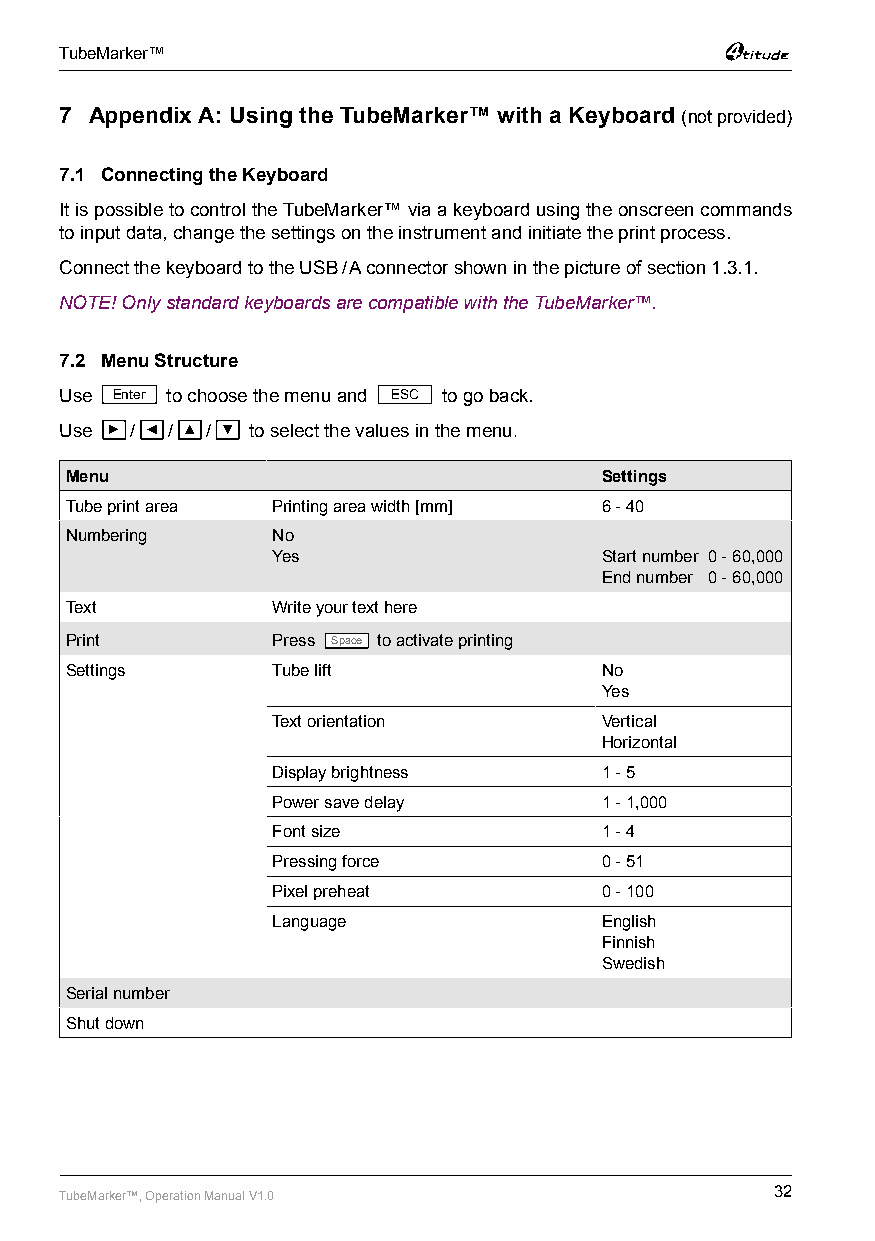
TubeMarker™
 7 Appendix A: Using the TubeMarker™ with a Keyboard (not provided)
 7.1 Connecting the Keyboard
 It is possible to control the TubeMarker™ via a keyboard using the onscreen commands
 to input data, change the settings on the instrument and initiate the print process.
 Connect the keyboard to the USB / A connector shown in the picture of section 1.3.1.
 NOTE! Only standard keyboards are compatible with the TubeMarker™.
 7.2 Menu Structure
 Use Enter to choose the menu and ESC to go back.
 Use ► / ◄ / ▲ / ▼ to select the values in the menu.
 Menu                                Settings
 Tube print area Printing area width [mm] 6 - 40
 Numbering     No
 Yes                   Start number 0 - 60,000
 End number 0 - 60,000
 Text          Write your text here
 Print         Press Space to activate printing
 Settings      Tube lift             No
 Yes
 Text orientation      Vertical
 Horizontal
 Display brightness    1 - 5
 Power save delay      1 - 1,000
 Font size             1 - 4
 Pressing force        0 - 51
 Pixel preheat         0 - 100
 Language              English
 Finnish
 Swedish
 Serial number
 Shut down
 TubeMarker™, Operation Manual V1.0             32